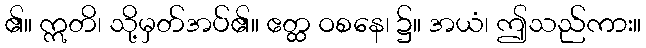
၏။ ဣတိ၊ သို့မှတ်အပ်၏။ ဧတ္ထ ဝစနေ၊ ၌။ အယံ၊ ဤသည်ကား။